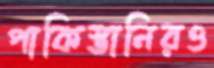
পাকিস্তানিরও